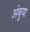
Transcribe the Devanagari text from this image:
अंबुया